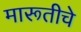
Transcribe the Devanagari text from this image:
मारूतीचे